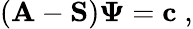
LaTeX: \left(\mathbf{A}-\mathbf{S}\right)\mathbf{\Psi}=\mathbf{c}\; ,